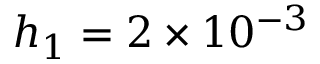
h _ { 1 } = 2 \times 1 0 ^ { - 3 }